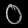
Digit: ၀